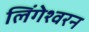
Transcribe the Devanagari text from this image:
लिंगेश्वरन